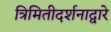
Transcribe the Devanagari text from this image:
त्रिमितीदर्शनाद्वारे